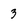
Character: 3